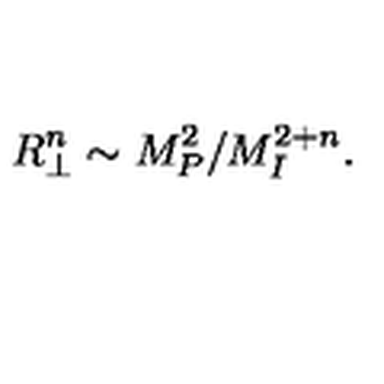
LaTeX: R _ { \perp } ^ { n } \sim M _ { P } ^ { 2 } / M _ { I } ^ { 2 + n } .